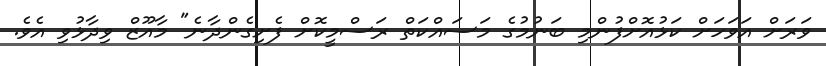
ވަރަށް އަވަހަށް ކަޅުއޮށްފުންމި ބަނުމުގެ މަސައްކަތް ރަސްމީކޮށް ފެށިގެންދާނެ" މާއޫޒް ވިދާޅުވި އެވެ.